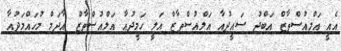
އެއީ އަލްއުސްތާޒް އަބްދު ސައީދުއާ އަލްއުސްތާޒް އަލީ ހަމީދުއާ އަލްއުސްތާޒް އާދަމް މުހައްމަދުއާ